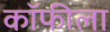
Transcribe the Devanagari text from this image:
कॉफीला